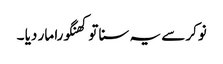
نوکر سے یہ سنا تو کھنگورا مار دیا ۔